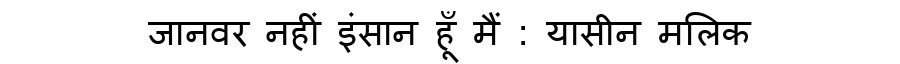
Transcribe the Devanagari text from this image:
जानवर नहीं इंसान हूँ मैं : यासीन मलिक